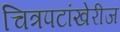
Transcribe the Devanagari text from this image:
चित्रपटांखेरीज